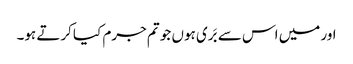
اور میں اس سے بَری ہوں جو تم جرم کیا کرتے ہو۔